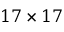
1 7 \times 1 7